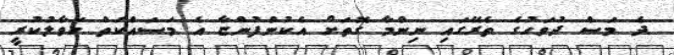
ދެ މަސް ދުވަހުގެ ތެރޭގައި ނިންމާ ގޮތަށް އެކުންފުންޏާ އެ މަސައްކަތް ހަވާލުކުރީ